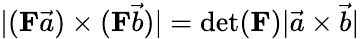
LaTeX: |(\mathbf{F}\vec{a})\times(\mathbf{F}\vec{b})|=\operatorname*{det}(\mathbf{F})|\vec{a}\times\vec{b}|